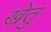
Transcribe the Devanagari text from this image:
खेतु